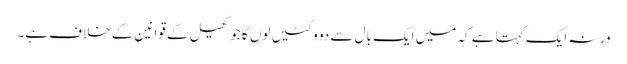
ورنہ ایک کہتا ہے کہ میں ایک بال سے دو وکٹیں لوں گا جو کھیل کے قوانین کے خلاف ہے۔